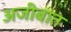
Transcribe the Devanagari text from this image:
अजीबात